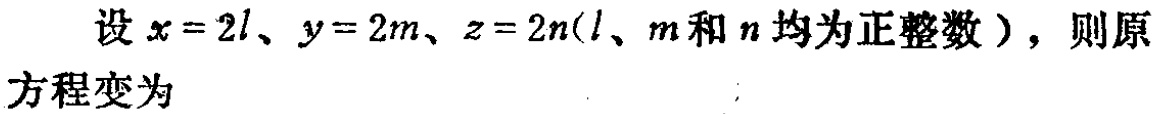
设 \(x = 2l、y = 2m、z = 2n(l、m\) 和 \(n\) 均为正整数），则原方程变为